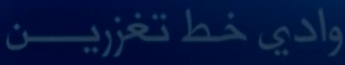
وادي خط تغزرين